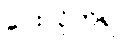
ပေးလိုက်ရာ